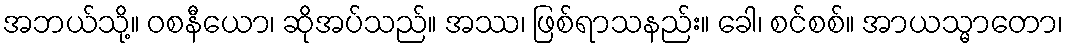
အဘယ်သို့။ ဝစနီယော၊ ဆိုအပ်သည်။ အဿ၊ ဖြစ်ရာသနည်း။ ခေါ၊ စင်စစ်။ အာယသ္မာတော၊